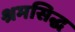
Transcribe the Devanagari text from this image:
श्रमसिद्ध